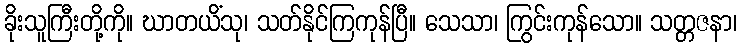
ခိုးသူကြီးတို့ကို။ ဃာတယိံသု၊ သတ်နိုင်ကြကုန်ပြီ။ သေသာ၊ ကြွင်းကုန်သော။ သတ္တဇနာ၊